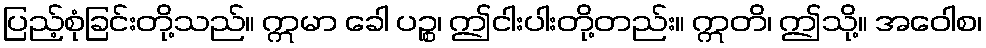
ပြည့်စုံခြင်းတို့သည်။ ဣမာ ခေါ ပဉ္စ၊ ဤငါးပါးတို့တည်း။ ဣတိ၊ ဤသို့။ အဝေါစ၊